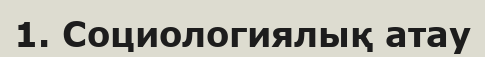
1. Социологиялық атау